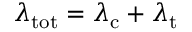
\lambda _ { \mathrm { t o t } } = \lambda _ { \mathrm { c } } + \lambda _ { \mathrm { t } }